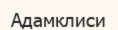
Адамклиси